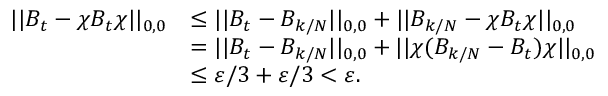
\begin{array} { r l } { | | B _ { t } - \chi B _ { t } \chi | | _ { 0 , 0 } } & { \leq | | B _ { t } - B _ { k / N } | | _ { 0 , 0 } + | | B _ { k / N } - \chi B _ { t } \chi | | _ { 0 , 0 } } \\ & { = | | B _ { t } - B _ { k / N } | | _ { 0 , 0 } + | | \chi ( B _ { k / N } - B _ { t } ) \chi | | _ { 0 , 0 } } \\ & { \leq \varepsilon / 3 + \varepsilon / 3 < \varepsilon . } \end{array}